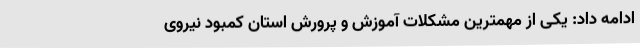
ادامه داد: یکی از مهمترین مشکلات آموزش و پرورش استان کمبود نیروی